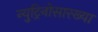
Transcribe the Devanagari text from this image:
न्युट्रिनोसारख्या